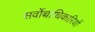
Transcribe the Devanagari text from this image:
सर्वोच्चाधिकारियों